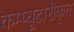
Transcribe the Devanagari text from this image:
कम्प्यूटारीकृत